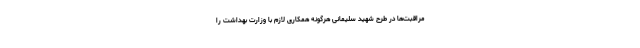
مراقبت‌ها در طرح شهید سلیمانی هرگونه همکاری لازم با وزارت بهداشت را